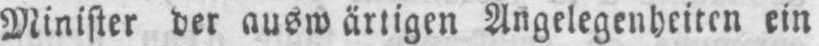
Minister der auswärtigen Angelegenheiten ein